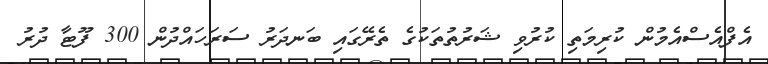
އެފްއެސްއެމުން ކުރިމަތި ކުރުވި ޝަރުތުތަކުގެ ތެރޭގައި ބަނދަރު ސަރަހައްދުން 300 ފޫޓާ ދުރު